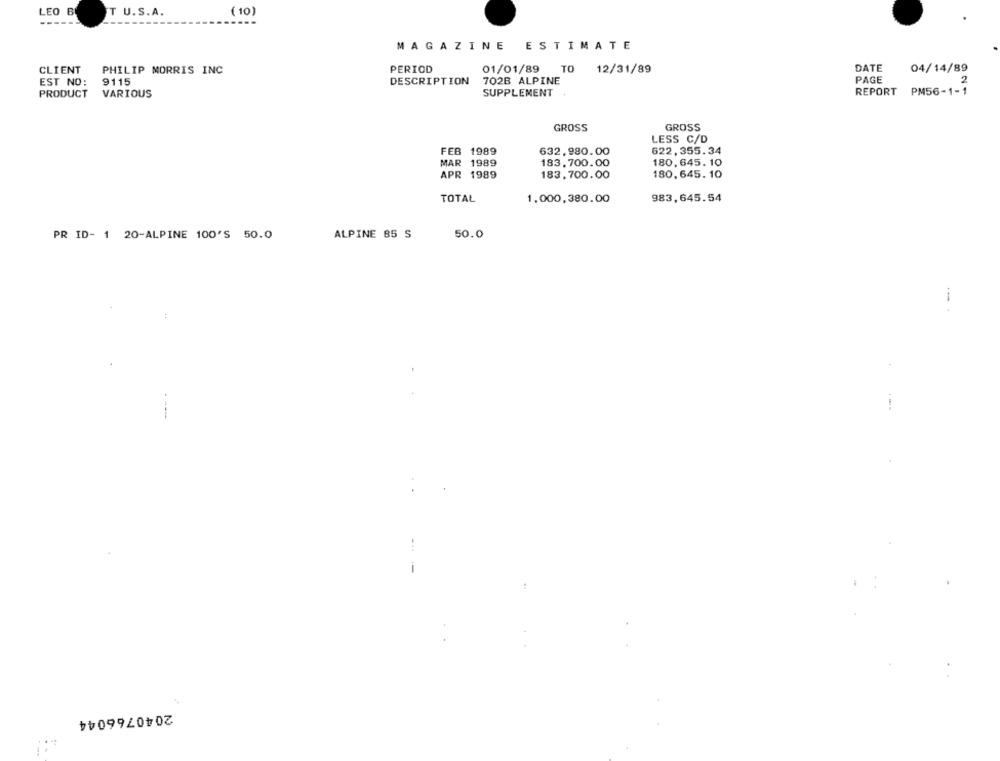
LEO BI
T U.S.A.
( 10)
MAGAZINE ESTIMATE
CLIENT
PHILIP MORRIS INC
PERIOD
01/01/89
TO
12/31/89
DATE
04/14/89
EST NO:
9115
DESCRIPTION
702B ALPINE
PAGE
2
SUPPLEMENT
REPORT
PM56-1-1
PRODUCT
VARIOUS
GROSS
GROSS
LESS C/D
FEB 1989
632,980.00
622, 355.34
MAR
1989
183.700.00
180, 645. 10
APR 1989
183,700.00
180, 645. 10
TOTAL
1.000,380.00
983,645.54
PR ID- 1 20-ALPINE 100'S 50.0
ALPINE 85 S
50.0
...
2040766044
..